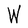
Character: W